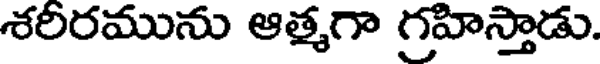
శరిరమును ఆత్మగా గ్రహిస్తాడు.